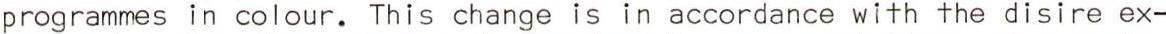
programmes in colour. This change is in accordance with the disire ex-